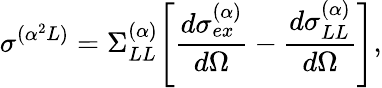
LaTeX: \sigma^{(\alpha^{2}L)}=\Sigma_{LL}^{(\alpha)}\Bigg[{\frac{d\sigma_{ex}^{(\alpha)}}{d\Omega}}-{\frac{d\sigma_{LL}^{(\alpha)}}{d\Omega}}\Bigg],